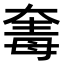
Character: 𣫵